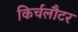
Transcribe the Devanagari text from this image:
किर्चलौटर